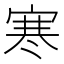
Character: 寒